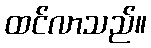
ထင်လာသည်။